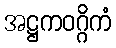
အဋ္ဌကဝဂ္ဂိကံ